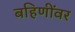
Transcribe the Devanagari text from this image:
बहिणींवर